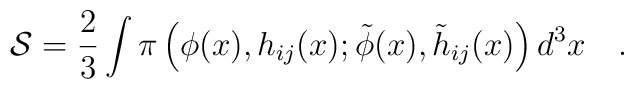
{\mathcal{S}}=\frac{2}{3}\int\pi\left(\phi(x),h_{ij}(x);\tilde{\phi}(x),\tilde{h}_{ij}(x)\right)d^{3}x ~~~.